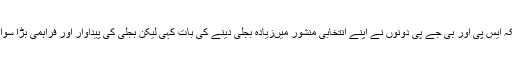
حالانکہ ایس پی اور بی جے پی دونوں نے اپنے انتخابی منشور میںزیادہ بجلی دینے کی بات کہی لیکن بجلی کی پیداوار اور فراہمی بڑا سوال ہے۔